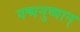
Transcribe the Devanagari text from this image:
यन्मनुष्यान्